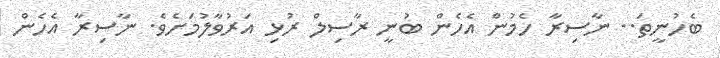
ބެހުނީތަ.. ނާސިރާ ހެމުން އެހެން ބުނީ ރާސިލް ރުޅި އަރުވާލުމަށެވެ. ނާސިރާ އެހެން